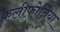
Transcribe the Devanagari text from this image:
कलीफोर्निया